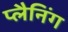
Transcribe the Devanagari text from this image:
प्‍लैनिंग